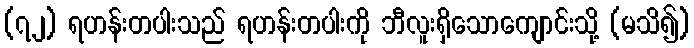
(၇၂) ရဟန်းတပါးသည် ရဟန်းတပါးကို ဘီလူးရှိသောကျောင်းသို့ (မသိ၍)